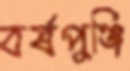
বর্ষপুঞ্জি